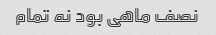
نصف ماهی بود نه تمام